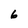
Character: 6